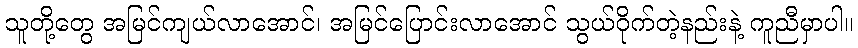
သူတို့တွေ အမြင်ကျယ်လာအောင်၊ အမြင်ပြောင်းလာအောင် သွယ်ဝိုက်တဲ့နည်းနဲ့ ကူညီမှာပါ။